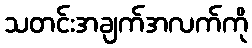
သတင်းအချက်အလက်ကို